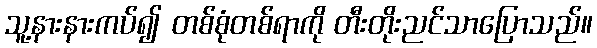
သူ့နားနားကပ်၍ တစ်စုံတစ်ရာကို တီးတိုးညင်သာပြောသည်။